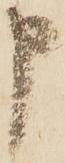
申